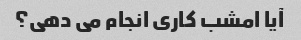
آیا امشب کاری انجام می دهی؟